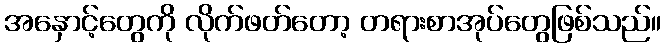
အနှောင့်တွေကို လိုက်ဖတ်တော့ တရားစာအုပ်တွေဖြစ်သည်။